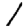
Digit: 1